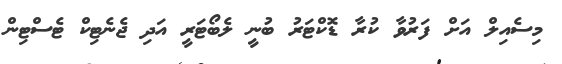
މިސެއިލް އަށް ފަރުވާ ކުރާ ޑޮކްޓަރު ބުނީ ލެބޯޓަރީ އަދި ޖެނެޓިކް ޓެސްޓިން